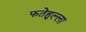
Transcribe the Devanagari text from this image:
फतेहुल्ला